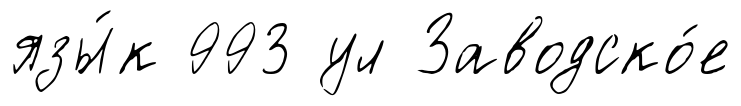
язы́к 993 ул Заводско́е